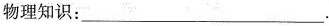
物理知识：___.